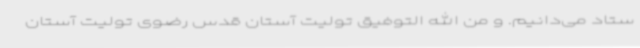
ستاد می‌دانیم. و من الله التوفیق تولیت آستان قدس رضوی تولیت آستان